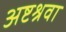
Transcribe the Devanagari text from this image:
अष्टश्रवा